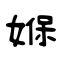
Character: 媬